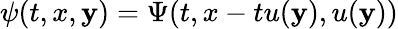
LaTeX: \psi(t,x,\mathbf{y})=\Psi(t,x-tu(\mathbf{y}),u(\mathbf{y}))